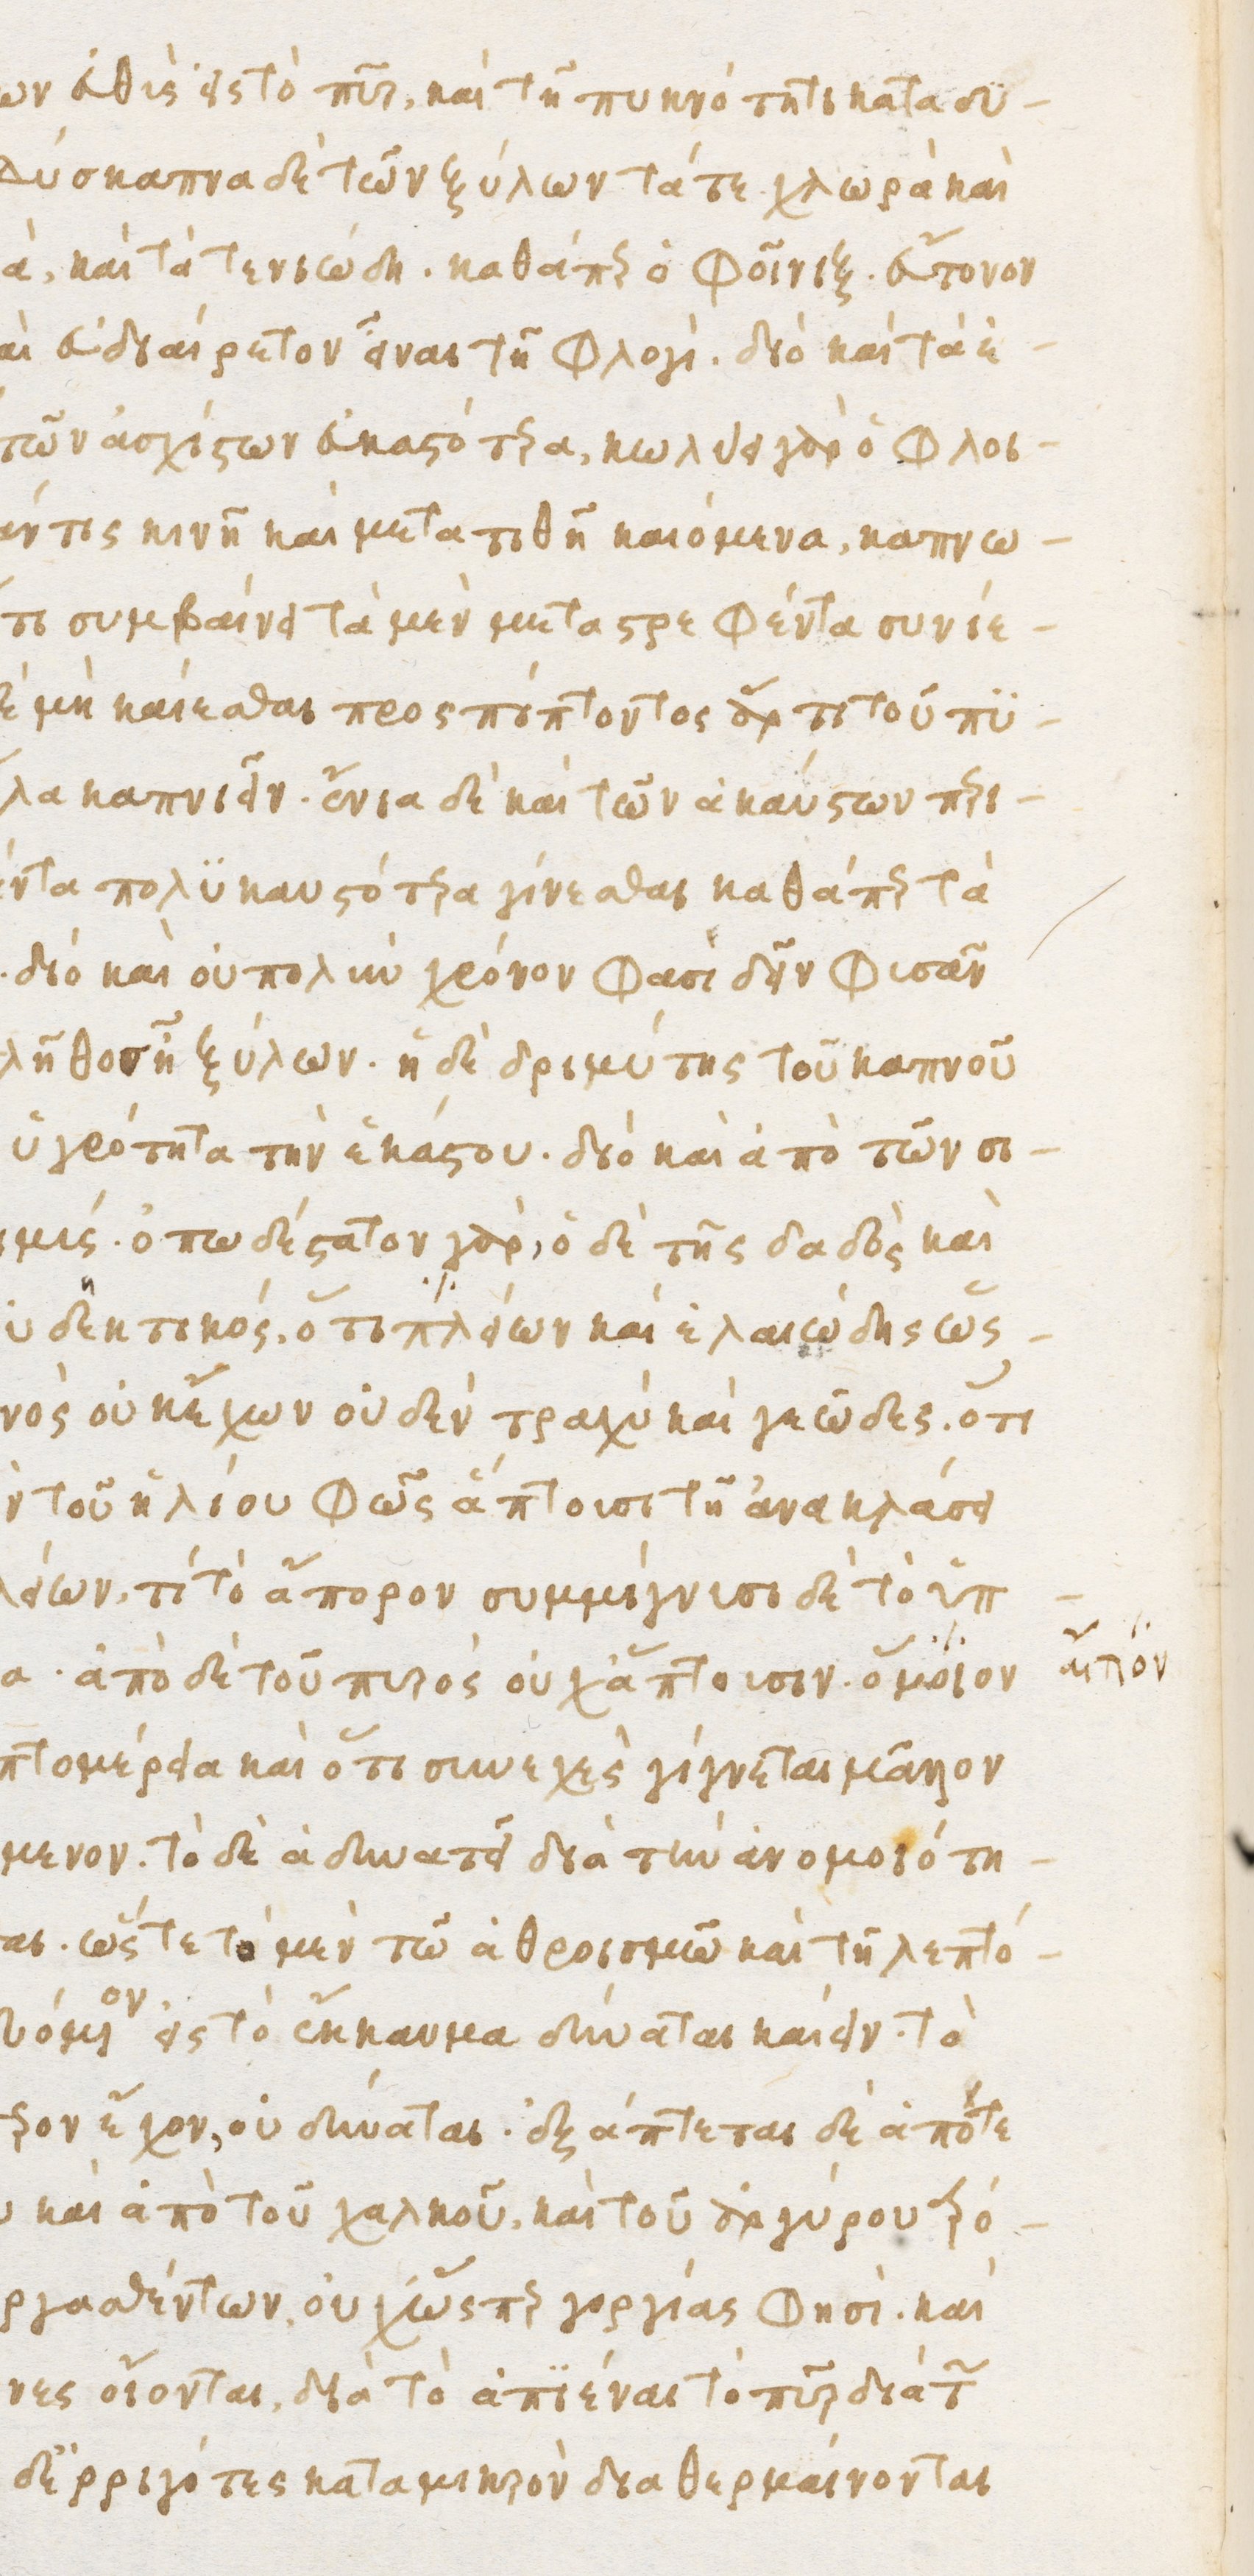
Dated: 1480–1497